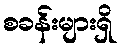
စခန်းများရှိ